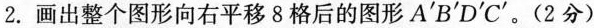
2.画出整个图形向右平移8格后的图形A ^ { \prime }B ^ { \prime }D^ { \prime }C ^ { \prime }。(2分)